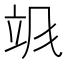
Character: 𬱻